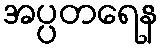
အပ္ပတရေန